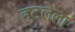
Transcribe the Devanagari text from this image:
हटलेला